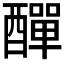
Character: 𨢿